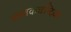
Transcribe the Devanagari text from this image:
जातकचन्द्रिका